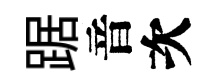
踞音次